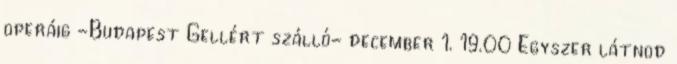
operáig -Budapest Gellért szálló- december 1. 19.00 Egyszer látnod